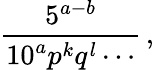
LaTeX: {\frac{5^{a-b}}{10^{a}p^{k}q^{l}\cdots}}\, ,